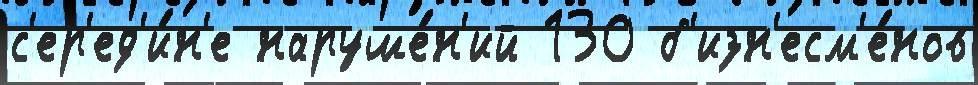
с'ер'ед'и́н'е наруше́н'ий 130 б'изн'есм'е́нов